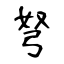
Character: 弩